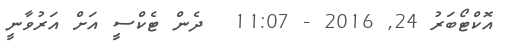
އޮކްޓޯބަރު 24